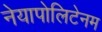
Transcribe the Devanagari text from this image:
नेयापोलिटेनम